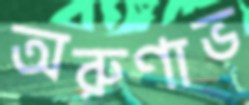
অরুণাভ